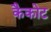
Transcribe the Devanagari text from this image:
कैकोट